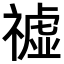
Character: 𥛳